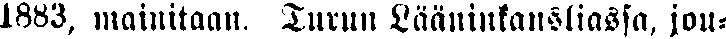
1883, mainitaan. Turun Lääninkanliassa, jou-